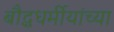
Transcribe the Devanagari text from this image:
बौद्धधर्मीयांच्या